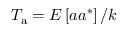
T _ { \mathrm { a } } = E \left[ a a ^ { \ast } \right] / k